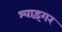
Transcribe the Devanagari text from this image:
श्वाइंगर